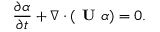
\frac { \partial \alpha } { \partial t } + \nabla \cdot ( \textbf { U } \alpha ) = 0 .